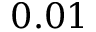
0 . 0 1